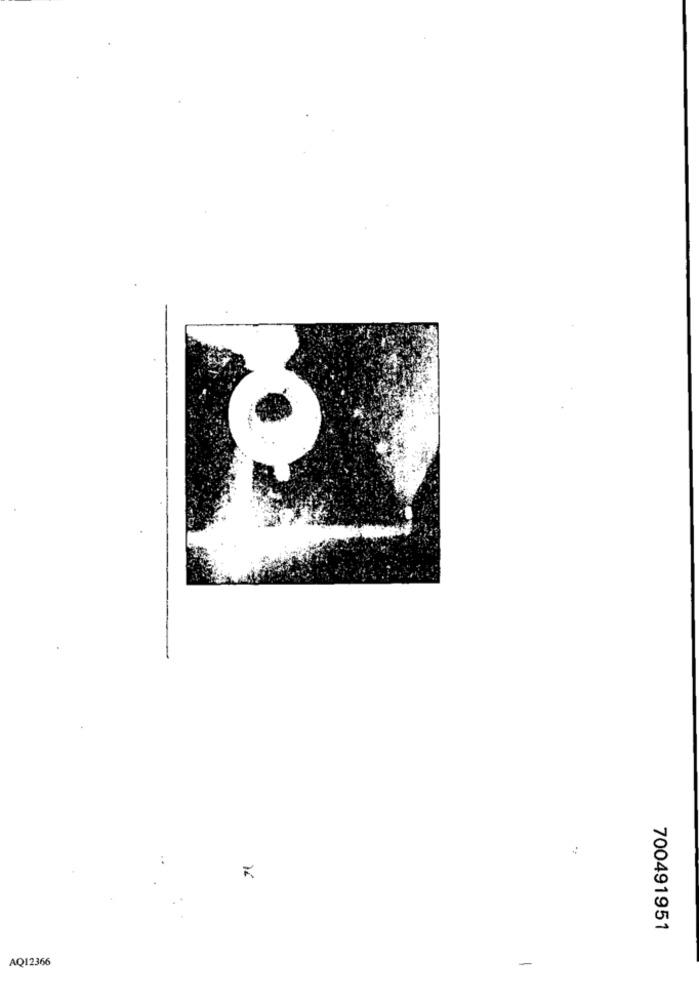
700491951
AQ12366
-